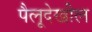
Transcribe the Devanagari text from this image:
पैलूदेखील